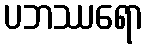
ပဘဿရော